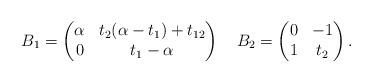
LaTeX: \begin{align*} B_1 = \begin{pmatrix} \alpha & t_2(\alpha - t_1) + t_{12} \\ 0 & t_1 - \alpha \end{pmatrix} \quad B_2 = \begin{pmatrix} 0 & -1 \\ 1 & t_2 \end{pmatrix}.\end{align*}